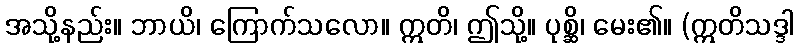
အသို့နည်း။ ဘာယိ၊ ကြောက်သလော။ ဣတိ၊ ဤသို့။ ပုစ္ဆိ၊ မေး၏။ (ဣတိသဒ္ဒါ